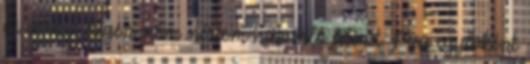
új irány: Régen nem néztem hasonló filmet. Meg egyébként